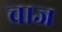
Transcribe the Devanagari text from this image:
चाज